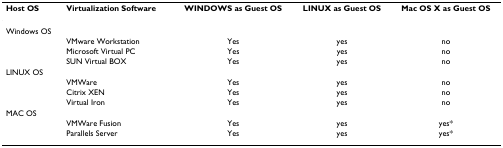
| Host OS | Virtualization Software | WINDOWS as Guest OS | LINUX as Guest OS | Mac OS X as Guest OS |
 | --- | --- | --- | --- | --- |
 | Windows OS |  |  |  |  |
 |  | VMware Workstation | Yes | yes | no |
 |  | Microsoft Virtual PC | Yes | yes | no |
 |  | SUN Virtual BOX | Yes | yes | no |
 | LINUX OS |  |  |  |  |
 |  | VMWare | Yes | yes | no |
 |  | Citrix XEN | Yes | yes | no |
 |  | Virtual Iron | Yes | yes | no |
 | MAC OS |  |  |  |  |
 |  | VMWare Fusion | Yes | yes | yes* |
 |  | Parallels Server | Yes | yes | yes* |